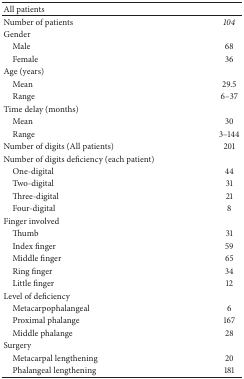
| All patients |  |
 | --- | --- |
 | Number of patients | 104 |
 | Gender |  |
 | Male | 68 |
 | Female | 36 |
 | Age (years) |  |
 | Mean | 29.5 |
 | Range | 6–37 |
 | Time delay (months) |  |
 | Mean | 30 |
 | Range | 3–144 |
 | Number of digits (All patients) | 201 |
 | Number of digits deficiency (each patient) |  |
 | One-digital | 44 |
 | Two-digital | 31 |
 | Three-digital | 21 |
 | Four-digital | 8 |
 | Finger involved |  |
 | Thumb | 31 |
 | Index finger | 59 |
 | Middle finger | 65 |
 | Ring finger | 34 |
 | Little finger | 12 |
 | Level of deficiency |  |
 | Metacarpophalangeal | 6 |
 | Proximal phalange | 167 |
 | Middle phalange | 28 |
 | Surgery |  |
 | Metacarpal lengthening | 20 |
 | Phalangeal lengthening | 181 |